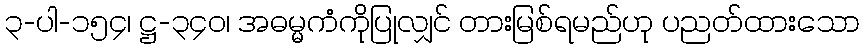
၃-ပါ-၁၅၄၊ ဋ္ဌ-၃၄၀၊ အဓမ္မကံကိုပြုလျှင် တားမြစ်ရမည်ဟု ပညတ်ထားသော